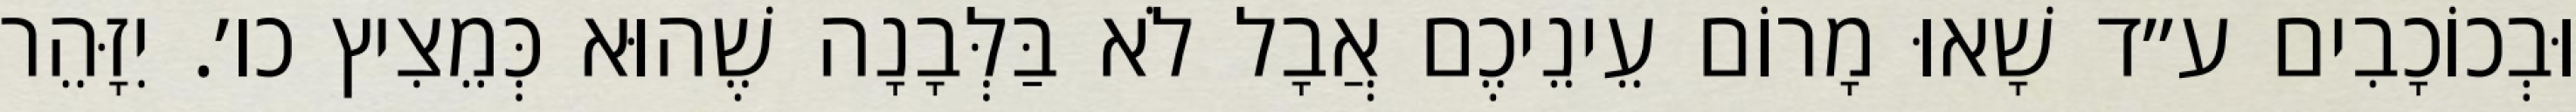
וּבְכוֹכָבִים ע״ד שָׁאוּ מָרוֹם עֵינֵיכֶם אֲבָל לֹא בַּלְּבָנָה שֶׁהוּא כְּמֵצִיץ כו׳. יִזָּהֵר